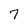
Character: 7